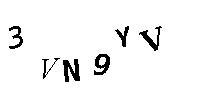
3VN9YV